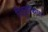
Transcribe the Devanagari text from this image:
पितृलोकात